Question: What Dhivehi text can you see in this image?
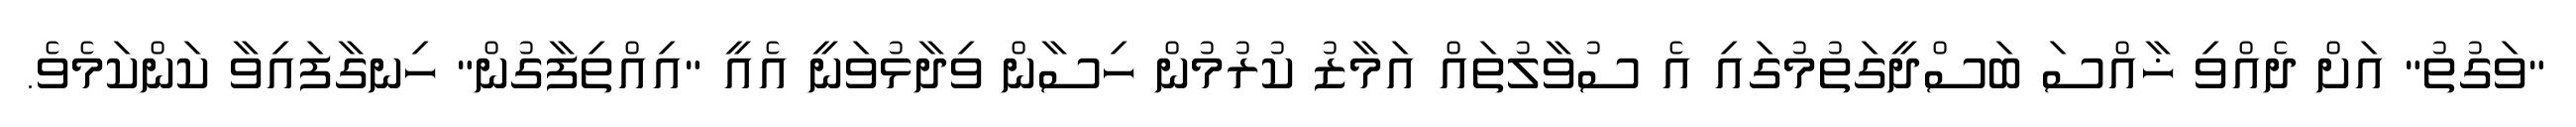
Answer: "ވަގުތު" އަށް ދެއްވި ޚާއްސަ ބަސްދީގަތުމުގައި އެ ސުވާލުތައް އަމާޒު ކުރުމުން ހިސާން ވިދާޅުވަނީ އެއީ "އިއްތިފާގުން" ހިނގާފައިވާ ކަންކަމެވެ.